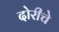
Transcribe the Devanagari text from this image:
दोरीचे